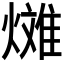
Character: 𪹰